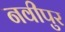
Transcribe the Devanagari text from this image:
नवीपुर